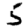
Digit: 5